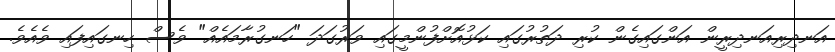
އަނދިރިއަނދިރީން އަންގައިގެން ކުރި ދަތުރުގައި ކަޅުއޮށްފުންމީގައި ވަރުގަދަ "ހަނގުރާމައެއް" ވެސް ހިނގައިފައި ވެއެވެ.